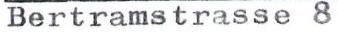
Bertramstrasse 8